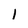
Character: 1